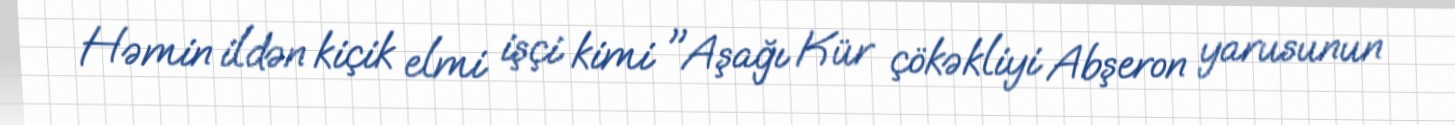
Həmin ildən kiçik elmi işçi kimi "Aşağı Kür çökəkliyi Abşeron yarusunun